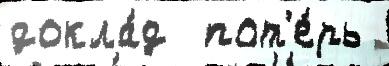
докла́д  пот'е́рь